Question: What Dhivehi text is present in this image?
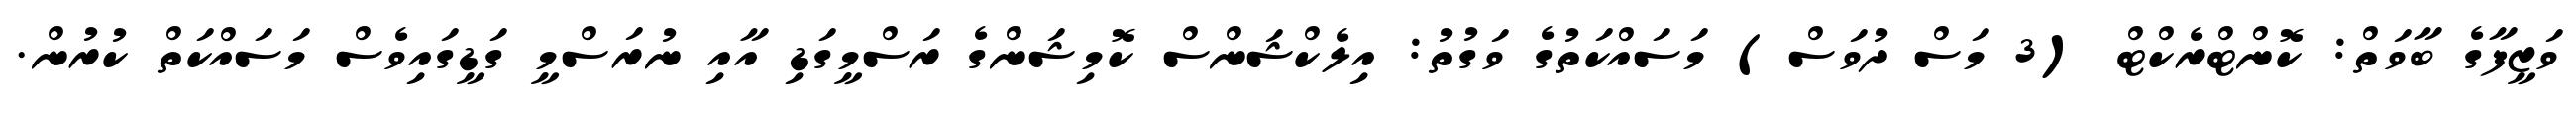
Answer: ވަޒީފާގެ ބާވަތް: ކޮންޓްރެކްޓް (3 މަސް ދުވަސް) މަސައްކަތުގެ ވަގުތު: އިލެކްޝަންސް ކޮމިޝަންގެ ރަސްމީގަޑި އާއި ނުރަސްމީ ގަޑީގައިވެސް މަސައްކަތް ކުރުން.